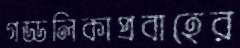
গড্ডলিকাপ্রবাহের